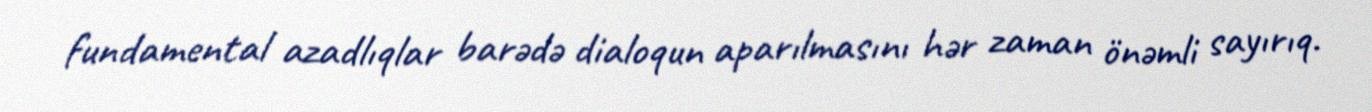
fundamental azadlıqlar barədə dialoqun aparılmasını hər zaman önəmli sayırıq.